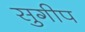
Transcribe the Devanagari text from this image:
सुगीप